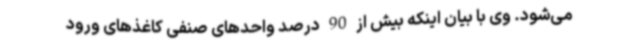
می‌شود. وی با بیان اینکه بیش از 90 درصد واحدهای صنفی کاغذهای ورود